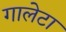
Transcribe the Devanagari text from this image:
गालेटा